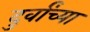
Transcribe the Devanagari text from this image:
दुर्वांच्या